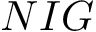
\cal N I G